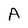
Character: A